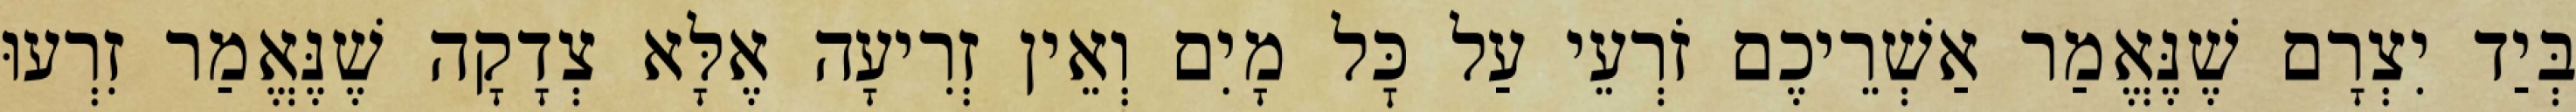
בְּיַד יִצְרָם שֶׁנֶּאֱמַר אַשְׁרֵיכֶם זֹרְעֵי עַל כׇּל מָיִם וְאֵין זְרִיעָה אֶלָּא צְדָקָה שֶׁנֶּאֱמַר זִרְעוּ